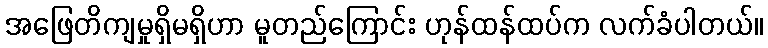
အဖြေတိကျမှုရှိမရှိဟာ မူတည်ကြောင်း ဟုန်ထန်ထပ်က လက်ခံပါတယ်။